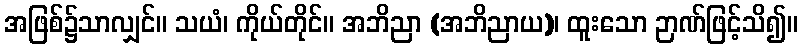
အဖြစ်၌သာလျှင်။ သယံ၊ ကိုယ်တိုင်။ အဘိညာ (အဘိညာယ)၊ ထူးသော ဉာဏ်ဖြင့်သိ၍။